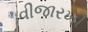
વીજારખી